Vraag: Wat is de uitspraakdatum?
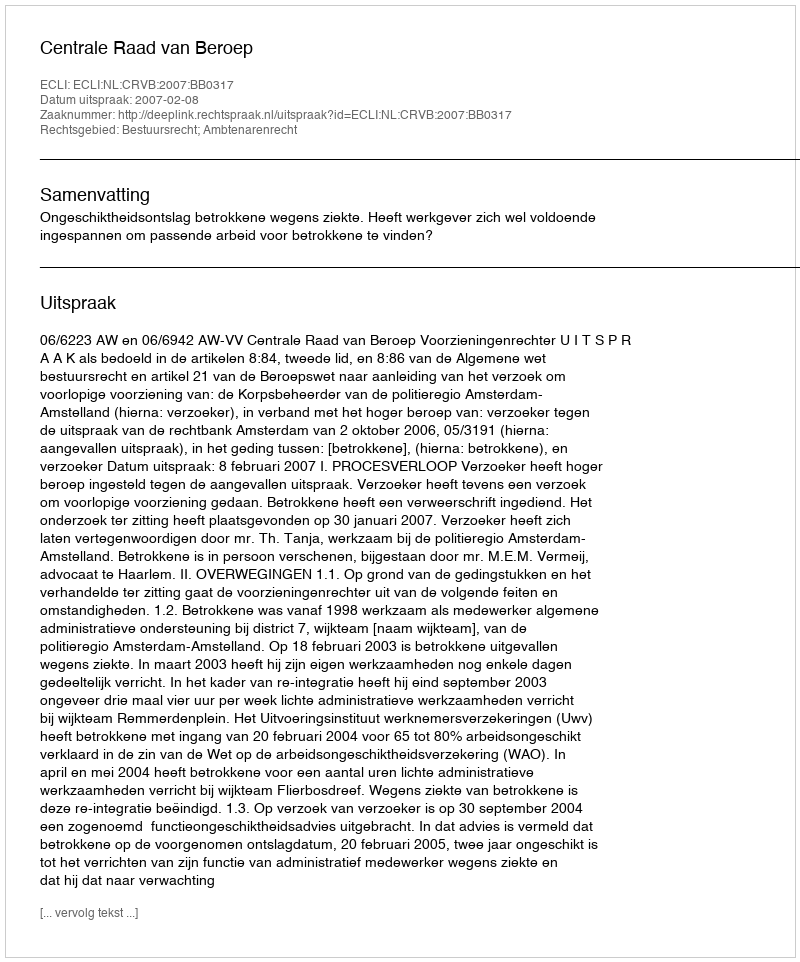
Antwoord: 2007-02-08